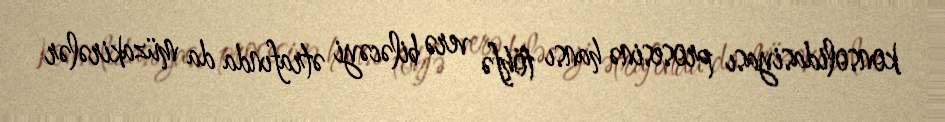
konsolidasiyası prosesinə hansı töhfə verə biləcəyi ətrafında da müzakirələr